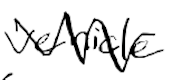
Text: vehicle
Cross-out: zig-zag
Writing tool: digital_black